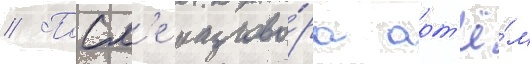
// Посл'е разгово́ра арт'ё́м